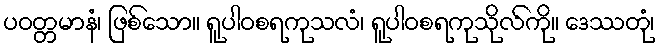
ပဝတ္တမာနံ၊ ဖြစ်သော။ ရူပါဝစရကုသလံ၊ ရူပါဝစရကုသိုလ်ကို။ ဒေဿတုံ၊